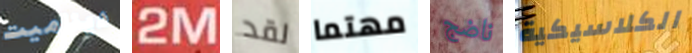
ديناميت 2M لقد مهتما ناضج الكلاسيكية